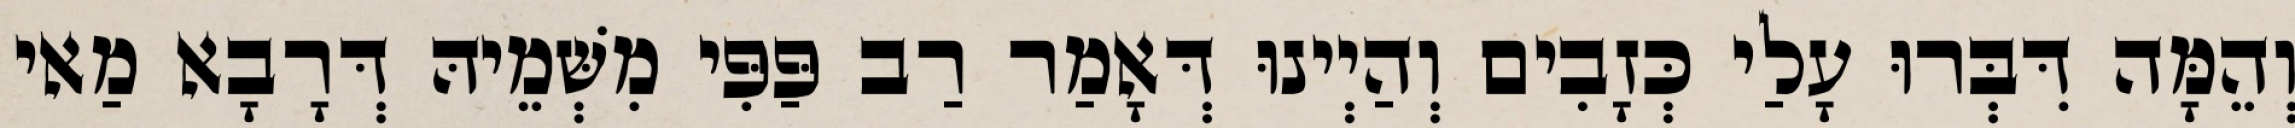
וְהֵמָּה דִּבְּרוּ עָלַי כְּזָבִים וְהַיְינוּ דְּאָמַר רַב פַּפִּי מִשְּׁמֵיהּ דְּרָבָא מַאי